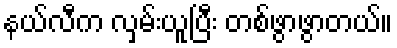
နယ်လီက လှမ်းယူပြီး တစ်ဖွာဖွာတယ်။